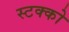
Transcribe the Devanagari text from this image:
स्टक्को